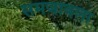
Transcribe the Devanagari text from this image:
समजावला